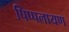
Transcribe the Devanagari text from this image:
पिप्पलायण